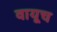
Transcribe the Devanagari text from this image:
वायूच